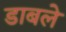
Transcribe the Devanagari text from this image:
डाबले